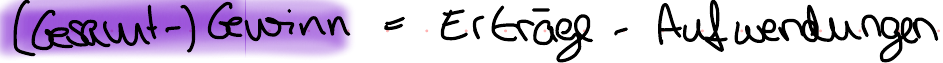
(Gesamt-) Gewinn = Erträge - Aufwendungen